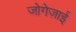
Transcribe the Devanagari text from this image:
जोगेज़ाई